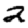
Digit: 2